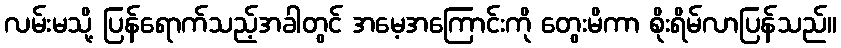
လမ်းမသို့ ပြန်ရောက်သည့်အခါတွင် အမေ့အကြောင်းကို တွေးမိကာ စိုးရိမ်လာပြန်သည်။